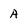
Character: A